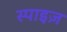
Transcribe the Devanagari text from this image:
स्पाइज़